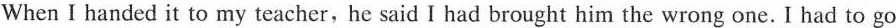
When I handed it to my teacher, he said I had brought him the wrong one.I had to go